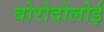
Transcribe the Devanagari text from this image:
बोरोदोलोई